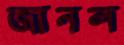
জানল